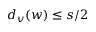
{ d _ { v } ( w ) \leq s / 2 }